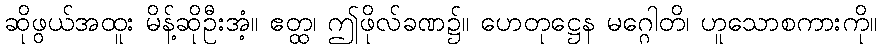
ဆိုဖွယ်အထူး မိန့်ဆိုဦးအံ့။ ဧတ္ထ၊ ဤဖိုလ်ခဏ၌။ ဟေတုဋ္ဌေန မဂ္ဂေါတိ၊ ဟူသောစကားကို။